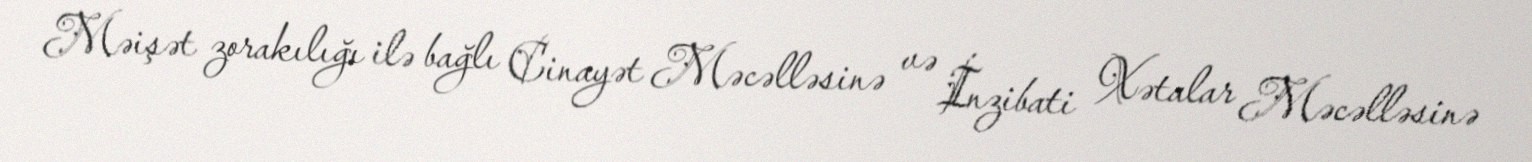
Məişət zorakılığı ilə bağlı Cinayət Məcəlləsinə və İnzibati Xətalar Məcəlləsinə